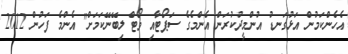
އެހެންކަމުން އަޅުގަނޑު އުންމީދުކުރަން އެންމެގެ ސަޕޯޓާއި ވޯޓް ލިބޭނޭކަމަށް" އެންމެ ފަހުން 2012